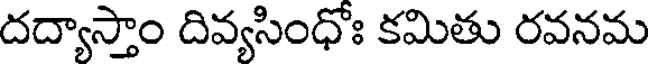
దద్యాస్తాం దివ్యసింధోః కమితు రవనమ